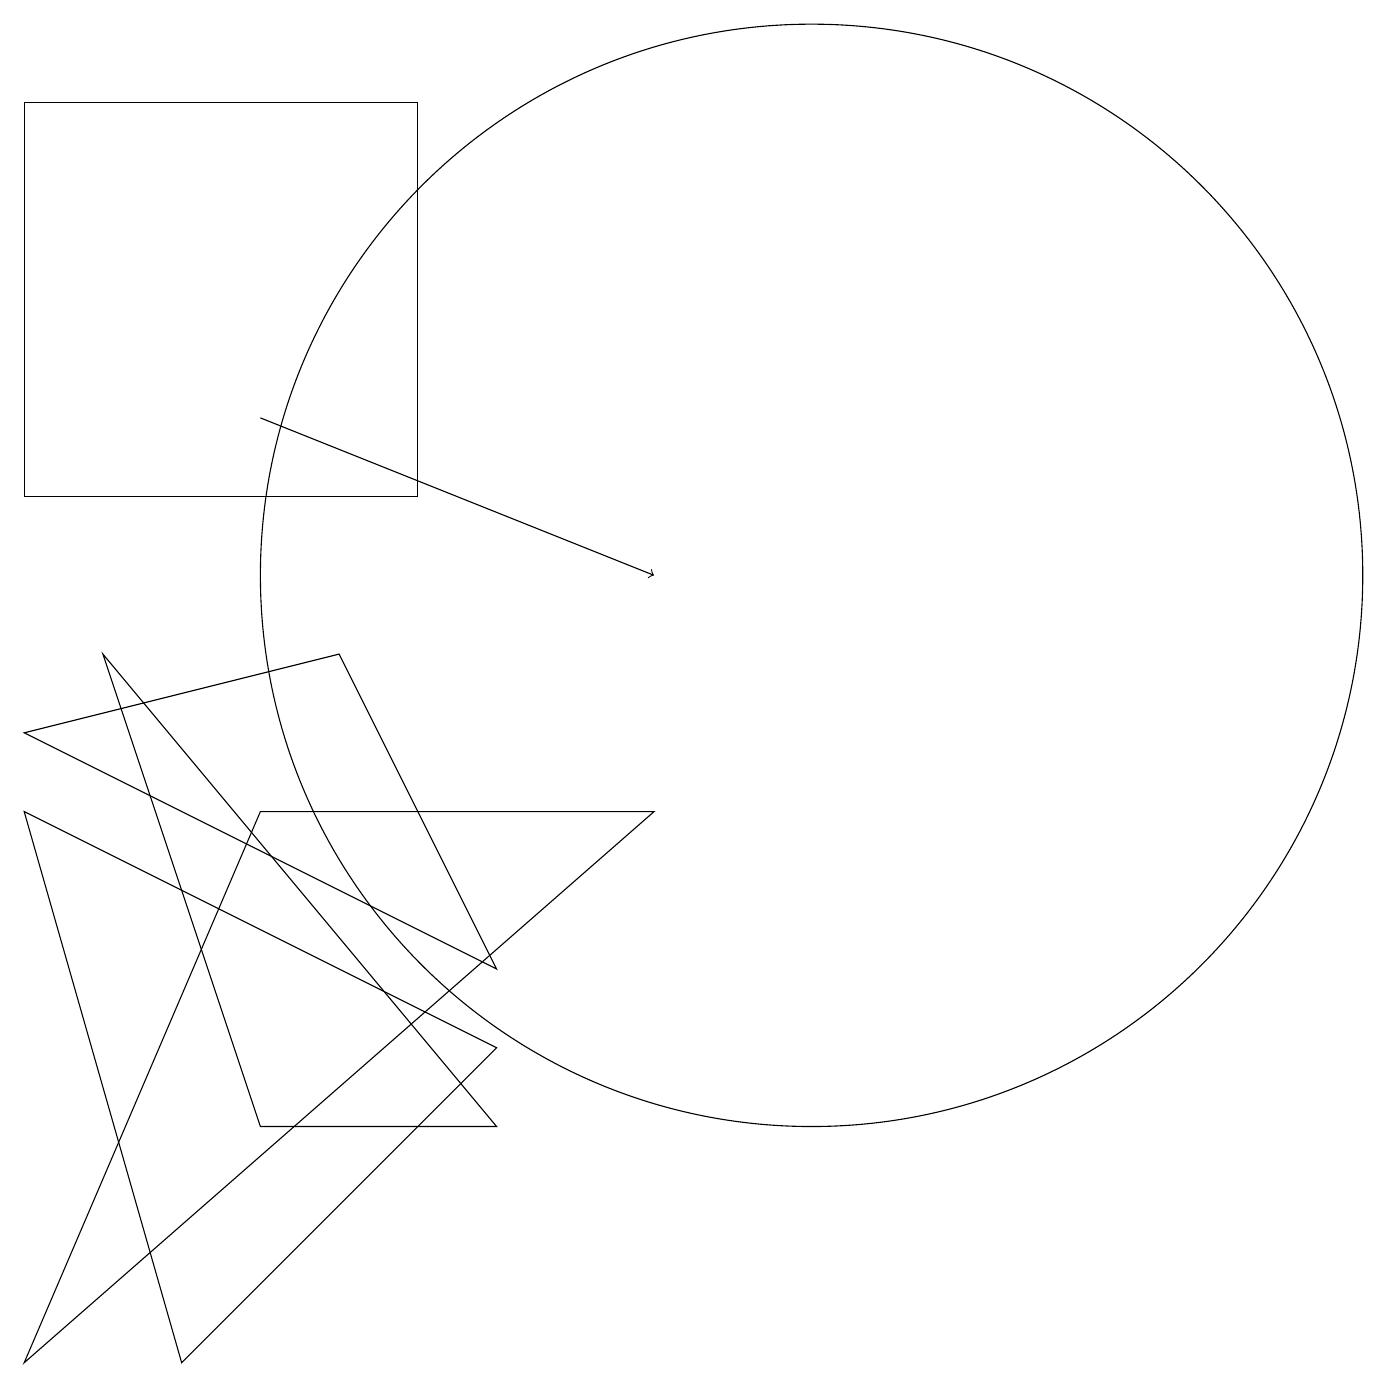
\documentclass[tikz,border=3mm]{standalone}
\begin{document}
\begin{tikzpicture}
\draw (6,4) -- (0,7) -- (2,0) -- cycle;
\draw (6,3) -- (1,9) -- (3,3) -- cycle;
\draw (3,7) -- (8,7) -- (0,0) -- cycle;
\draw (10,10) circle (7);
\draw[->] (3,12) -- (8,10);
\draw (0,16) rectangle (5,11);
\draw (4,9) -- (6,5) -- (0,8) -- cycle;
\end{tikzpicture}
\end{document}